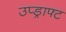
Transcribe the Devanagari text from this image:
उप्ड्राफ्ट